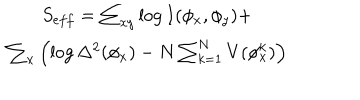
\begin{matrix} { { S _ { e f f } = \sum _ { x y } \log I ( \phi _ { x } , \phi _ { y } ) + } } \\ { { \sum _ { x } \left( \log \Delta ^ { 2 } ( \phi _ { x } ) - N \sum _ { k = 1 } ^ { N } V ( \phi _ { x } ^ { k } ) \right) } } \\ \end{matrix}